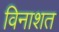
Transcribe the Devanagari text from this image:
विनाशत